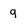
Character: 9